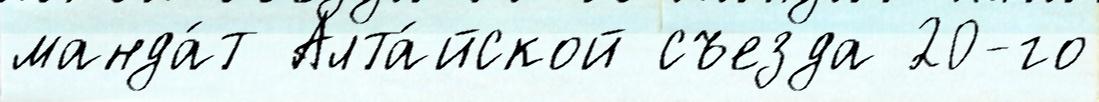
манда́т Алта́йской съезда 20-го